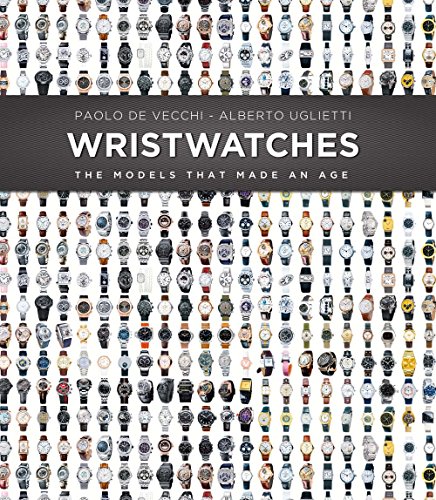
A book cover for Wristwatches: The Models That Made an Age; Paolo De Vecchi; Crafts, Hobbies & Home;